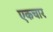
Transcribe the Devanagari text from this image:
एकचार